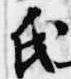
氏